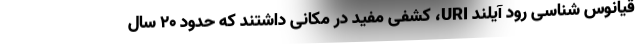
قیانوس شناسی رود آیلند URI، کشفی مفید در مکانی داشتند که حدود ۲۰ سال